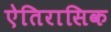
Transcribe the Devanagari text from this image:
ऐतिरासिक